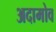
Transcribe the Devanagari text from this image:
अदामोव